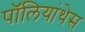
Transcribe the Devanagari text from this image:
पॉलियांथेस